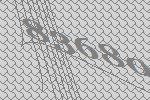
83680